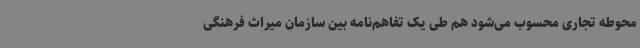
محوطه تجاری محسوب می‌شود هم طی یک تفاهم‌نامه بین سازمان میراث فرهنگی